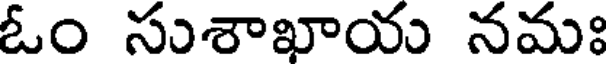
ఓం సుశాఖాయ నమః